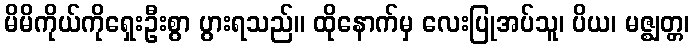
မိမိကိုယ်ကိုရှေးဦးစွာ ပွားရသည်။ ထိုနောက်မှ လေးပြုအပ်သူ၊ ပိယ၊ မဇ္ဈတ္တ၊